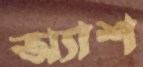
অ্যাশ